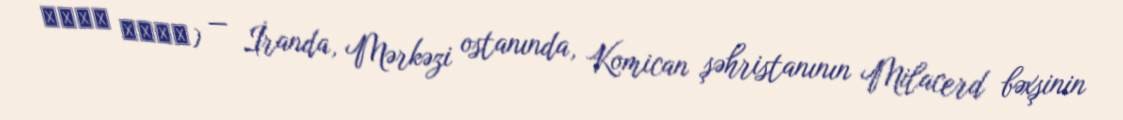
مهدي اباد) — İranda, Mərkəzi ostanında, Komican şəhristanının Milacerd bəxşinin